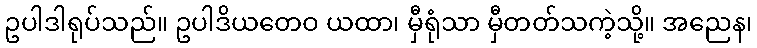
ဥပါဒါရုပ်သည်။ ဥပါဒိယတေဝ ယထာ၊ မှီရုံသာ မှီတတ်သကဲ့သို့။ အညေန၊